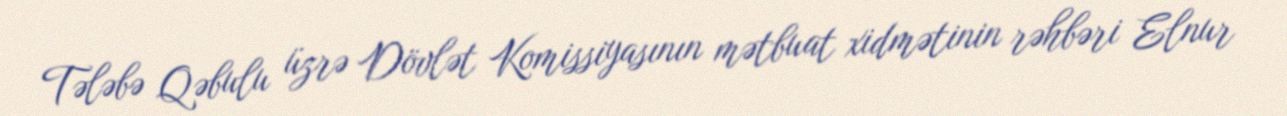
Tələbə Qəbulu üzrə Dövlət Komissiyasının mətbuat xidmətinin rəhbəri Elnur